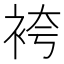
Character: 袴